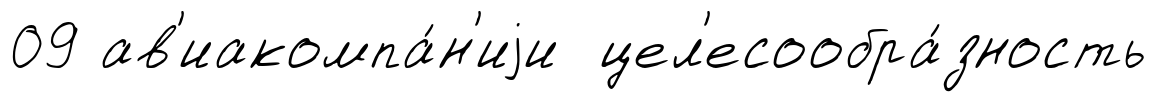
09 ав'иакомпа́н'иjи цел'есообра́зность